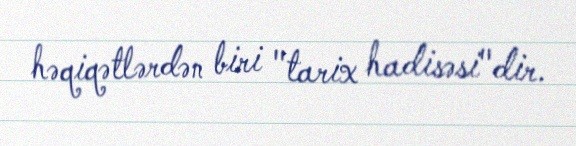
həqiqətlərdən biri "tarix hadisəsi"dir.